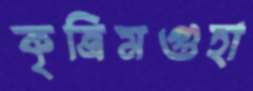
কৃত্রিমগুহা